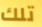
تلك